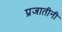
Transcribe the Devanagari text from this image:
प्रजातीनी